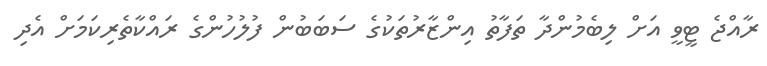
ރާއްޖެ ޓީވީ އަށް ލިބެމުންދާ ތަފާތު އިންޒާރުތަކުގެ ސަބަބުން ފުލުހުންގެ ރައްކާތެރިކަމަށް އެދި